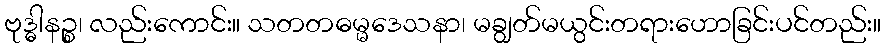
ဗုဒ္ဓါနဉ္စ၊ လည်းကောင်း။ သတတဓမ္မဒေသနာ၊ မချွတ်မယွင်းတရားဟောခြင်းပင်တည်း။